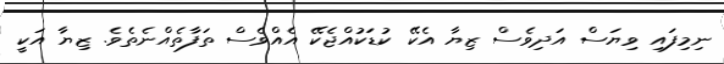
ނިމިފައި ވިޔަސް އަދިވެސް ޒިޔާ އެކޭ ކުޑަކުއްޖެކޭ އެއްވެސް ތަފާތެއްނެތެވެ. ޒިޔާ އަކީ